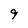
Character: 9